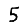
Digit: 5